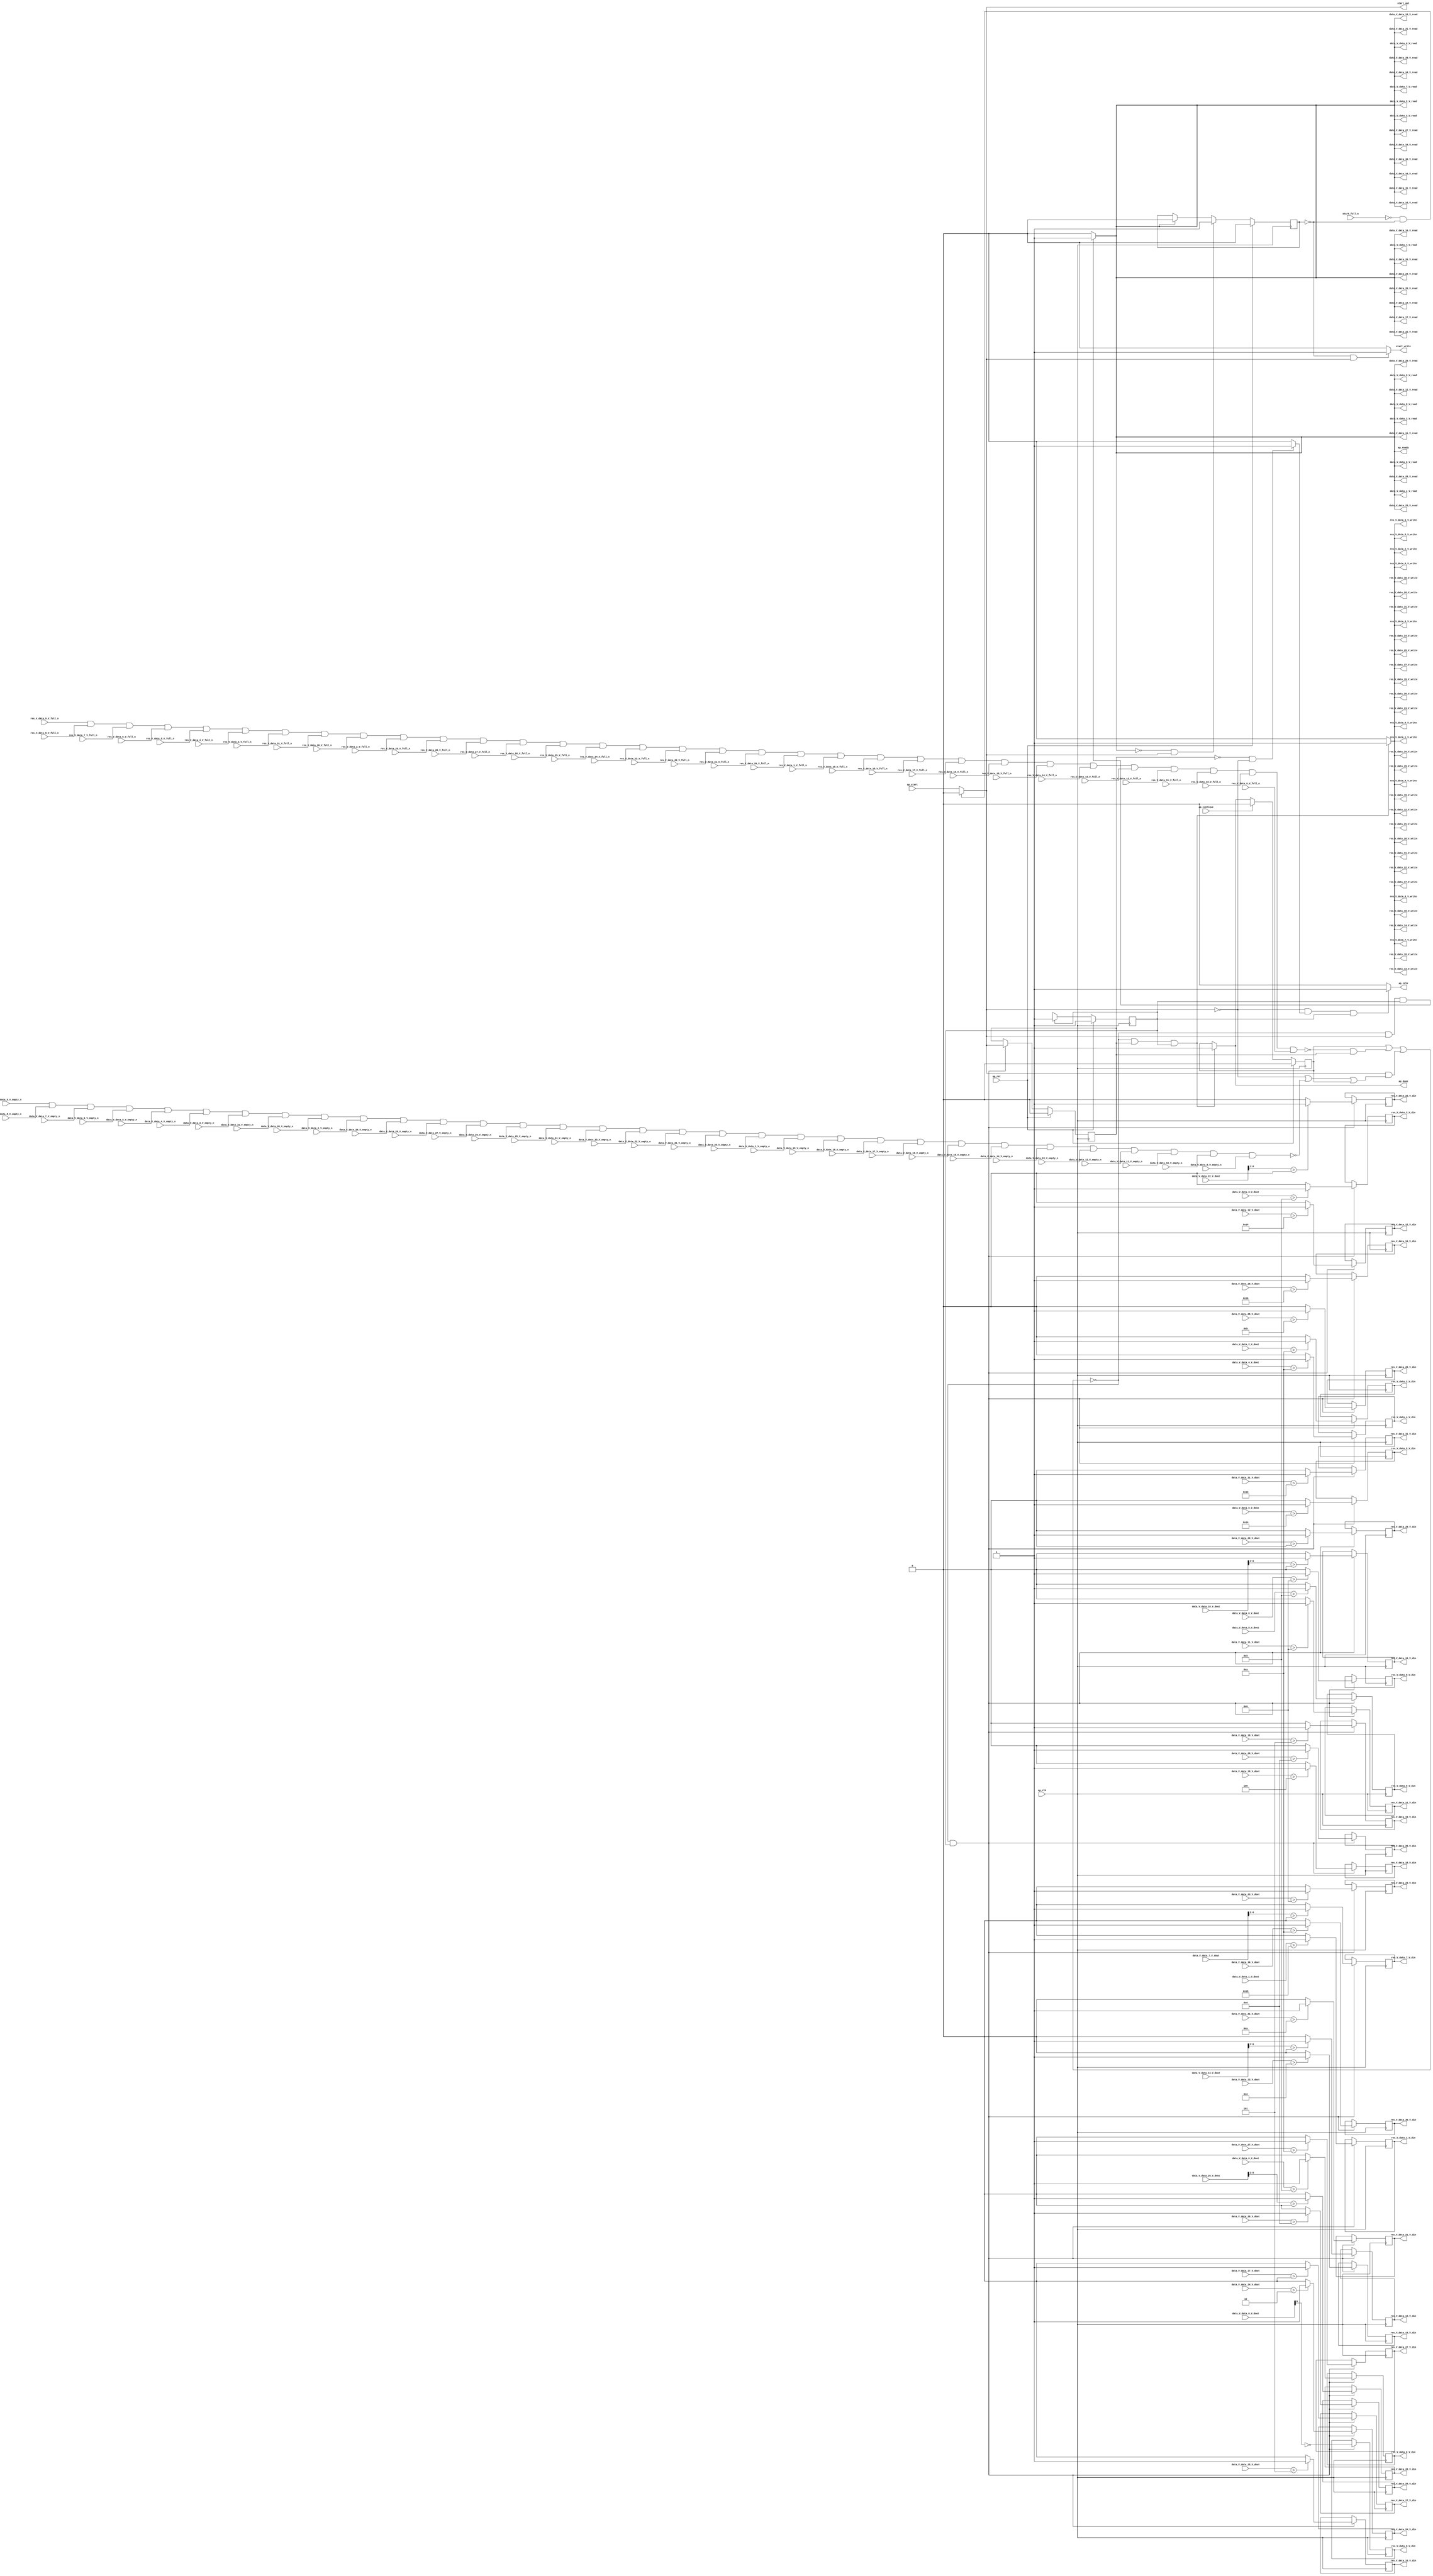
// ==============================================================
// RTL generated by Vivado(TM) HLS - High-Level Synthesis from C, C++ and SystemC
// Version: 2018.2
// Copyright (C) 1986-2018 Xilinx, Inc. All Rights Reserved.
// 
// ===========================================================

`timescale 1 ns / 1 ps 

module normalize_binary_tanh_array_ap_int_7_32u_config19_s (
        ap_clk,
        ap_rst,
        ap_start,
        start_full_n,
        ap_done,
        ap_continue,
        ap_idle,
        ap_ready,
        start_out,
        start_write,
        data_V_data_0_V_dout,
        data_V_data_0_V_empty_n,
        data_V_data_0_V_read,
        data_V_data_1_V_dout,
        data_V_data_1_V_empty_n,
        data_V_data_1_V_read,
        data_V_data_2_V_dout,
        data_V_data_2_V_empty_n,
        data_V_data_2_V_read,
        data_V_data_3_V_dout,
        data_V_data_3_V_empty_n,
        data_V_data_3_V_read,
        data_V_data_4_V_dout,
        data_V_data_4_V_empty_n,
        data_V_data_4_V_read,
        data_V_data_5_V_dout,
        data_V_data_5_V_empty_n,
        data_V_data_5_V_read,
        data_V_data_6_V_dout,
        data_V_data_6_V_empty_n,
        data_V_data_6_V_read,
        data_V_data_7_V_dout,
        data_V_data_7_V_empty_n,
        data_V_data_7_V_read,
        data_V_data_8_V_dout,
        data_V_data_8_V_empty_n,
        data_V_data_8_V_read,
        data_V_data_9_V_dout,
        data_V_data_9_V_empty_n,
        data_V_data_9_V_read,
        data_V_data_10_V_dout,
        data_V_data_10_V_empty_n,
        data_V_data_10_V_read,
        data_V_data_11_V_dout,
        data_V_data_11_V_empty_n,
        data_V_data_11_V_read,
        data_V_data_12_V_dout,
        data_V_data_12_V_empty_n,
        data_V_data_12_V_read,
        data_V_data_13_V_dout,
        data_V_data_13_V_empty_n,
        data_V_data_13_V_read,
        data_V_data_14_V_dout,
        data_V_data_14_V_empty_n,
        data_V_data_14_V_read,
        data_V_data_15_V_dout,
        data_V_data_15_V_empty_n,
        data_V_data_15_V_read,
        data_V_data_16_V_dout,
        data_V_data_16_V_empty_n,
        data_V_data_16_V_read,
        data_V_data_17_V_dout,
        data_V_data_17_V_empty_n,
        data_V_data_17_V_read,
        data_V_data_18_V_dout,
        data_V_data_18_V_empty_n,
        data_V_data_18_V_read,
        data_V_data_19_V_dout,
        data_V_data_19_V_empty_n,
        data_V_data_19_V_read,
        data_V_data_20_V_dout,
        data_V_data_20_V_empty_n,
        data_V_data_20_V_read,
        data_V_data_21_V_dout,
        data_V_data_21_V_empty_n,
        data_V_data_21_V_read,
        data_V_data_22_V_dout,
        data_V_data_22_V_empty_n,
        data_V_data_22_V_read,
        data_V_data_23_V_dout,
        data_V_data_23_V_empty_n,
        data_V_data_23_V_read,
        data_V_data_24_V_dout,
        data_V_data_24_V_empty_n,
        data_V_data_24_V_read,
        data_V_data_25_V_dout,
        data_V_data_25_V_empty_n,
        data_V_data_25_V_read,
        data_V_data_26_V_dout,
        data_V_data_26_V_empty_n,
        data_V_data_26_V_read,
        data_V_data_27_V_dout,
        data_V_data_27_V_empty_n,
        data_V_data_27_V_read,
        data_V_data_28_V_dout,
        data_V_data_28_V_empty_n,
        data_V_data_28_V_read,
        data_V_data_29_V_dout,
        data_V_data_29_V_empty_n,
        data_V_data_29_V_read,
        data_V_data_30_V_dout,
        data_V_data_30_V_empty_n,
        data_V_data_30_V_read,
        data_V_data_31_V_dout,
        data_V_data_31_V_empty_n,
        data_V_data_31_V_read,
        res_V_data_0_V_din,
        res_V_data_0_V_full_n,
        res_V_data_0_V_write,
        res_V_data_1_V_din,
        res_V_data_1_V_full_n,
        res_V_data_1_V_write,
        res_V_data_2_V_din,
        res_V_data_2_V_full_n,
        res_V_data_2_V_write,
        res_V_data_3_V_din,
        res_V_data_3_V_full_n,
        res_V_data_3_V_write,
        res_V_data_4_V_din,
        res_V_data_4_V_full_n,
        res_V_data_4_V_write,
        res_V_data_5_V_din,
        res_V_data_5_V_full_n,
        res_V_data_5_V_write,
        res_V_data_6_V_din,
        res_V_data_6_V_full_n,
        res_V_data_6_V_write,
        res_V_data_7_V_din,
        res_V_data_7_V_full_n,
        res_V_data_7_V_write,
        res_V_data_8_V_din,
        res_V_data_8_V_full_n,
        res_V_data_8_V_write,
        res_V_data_9_V_din,
        res_V_data_9_V_full_n,
        res_V_data_9_V_write,
        res_V_data_10_V_din,
        res_V_data_10_V_full_n,
        res_V_data_10_V_write,
        res_V_data_11_V_din,
        res_V_data_11_V_full_n,
        res_V_data_11_V_write,
        res_V_data_12_V_din,
        res_V_data_12_V_full_n,
        res_V_data_12_V_write,
        res_V_data_13_V_din,
        res_V_data_13_V_full_n,
        res_V_data_13_V_write,
        res_V_data_14_V_din,
        res_V_data_14_V_full_n,
        res_V_data_14_V_write,
        res_V_data_15_V_din,
        res_V_data_15_V_full_n,
        res_V_data_15_V_write,
        res_V_data_16_V_din,
        res_V_data_16_V_full_n,
        res_V_data_16_V_write,
        res_V_data_17_V_din,
        res_V_data_17_V_full_n,
        res_V_data_17_V_write,
        res_V_data_18_V_din,
        res_V_data_18_V_full_n,
        res_V_data_18_V_write,
        res_V_data_19_V_din,
        res_V_data_19_V_full_n,
        res_V_data_19_V_write,
        res_V_data_20_V_din,
        res_V_data_20_V_full_n,
        res_V_data_20_V_write,
        res_V_data_21_V_din,
        res_V_data_21_V_full_n,
        res_V_data_21_V_write,
        res_V_data_22_V_din,
        res_V_data_22_V_full_n,
        res_V_data_22_V_write,
        res_V_data_23_V_din,
        res_V_data_23_V_full_n,
        res_V_data_23_V_write,
        res_V_data_24_V_din,
        res_V_data_24_V_full_n,
        res_V_data_24_V_write,
        res_V_data_25_V_din,
        res_V_data_25_V_full_n,
        res_V_data_25_V_write,
        res_V_data_26_V_din,
        res_V_data_26_V_full_n,
        res_V_data_26_V_write,
        res_V_data_27_V_din,
        res_V_data_27_V_full_n,
        res_V_data_27_V_write,
        res_V_data_28_V_din,
        res_V_data_28_V_full_n,
        res_V_data_28_V_write,
        res_V_data_29_V_din,
        res_V_data_29_V_full_n,
        res_V_data_29_V_write,
        res_V_data_30_V_din,
        res_V_data_30_V_full_n,
        res_V_data_30_V_write,
        res_V_data_31_V_din,
        res_V_data_31_V_full_n,
        res_V_data_31_V_write
);

parameter    ap_ST_fsm_pp0_stage0 = 1'd1;

input   ap_clk;
input   ap_rst;
input   ap_start;
input   start_full_n;
output   ap_done;
input   ap_continue;
output   ap_idle;
output   ap_ready;
output   start_out;
output   start_write;
input  [6:0] data_V_data_0_V_dout;
input   data_V_data_0_V_empty_n;
output   data_V_data_0_V_read;
input  [6:0] data_V_data_1_V_dout;
input   data_V_data_1_V_empty_n;
output   data_V_data_1_V_read;
input  [6:0] data_V_data_2_V_dout;
input   data_V_data_2_V_empty_n;
output   data_V_data_2_V_read;
input  [6:0] data_V_data_3_V_dout;
input   data_V_data_3_V_empty_n;
output   data_V_data_3_V_read;
input  [6:0] data_V_data_4_V_dout;
input   data_V_data_4_V_empty_n;
output   data_V_data_4_V_read;
input  [6:0] data_V_data_5_V_dout;
input   data_V_data_5_V_empty_n;
output   data_V_data_5_V_read;
input  [6:0] data_V_data_6_V_dout;
input   data_V_data_6_V_empty_n;
output   data_V_data_6_V_read;
input  [6:0] data_V_data_7_V_dout;
input   data_V_data_7_V_empty_n;
output   data_V_data_7_V_read;
input  [6:0] data_V_data_8_V_dout;
input   data_V_data_8_V_empty_n;
output   data_V_data_8_V_read;
input  [6:0] data_V_data_9_V_dout;
input   data_V_data_9_V_empty_n;
output   data_V_data_9_V_read;
input  [6:0] data_V_data_10_V_dout;
input   data_V_data_10_V_empty_n;
output   data_V_data_10_V_read;
input  [6:0] data_V_data_11_V_dout;
input   data_V_data_11_V_empty_n;
output   data_V_data_11_V_read;
input  [6:0] data_V_data_12_V_dout;
input   data_V_data_12_V_empty_n;
output   data_V_data_12_V_read;
input  [6:0] data_V_data_13_V_dout;
input   data_V_data_13_V_empty_n;
output   data_V_data_13_V_read;
input  [6:0] data_V_data_14_V_dout;
input   data_V_data_14_V_empty_n;
output   data_V_data_14_V_read;
input  [6:0] data_V_data_15_V_dout;
input   data_V_data_15_V_empty_n;
output   data_V_data_15_V_read;
input  [6:0] data_V_data_16_V_dout;
input   data_V_data_16_V_empty_n;
output   data_V_data_16_V_read;
input  [6:0] data_V_data_17_V_dout;
input   data_V_data_17_V_empty_n;
output   data_V_data_17_V_read;
input  [6:0] data_V_data_18_V_dout;
input   data_V_data_18_V_empty_n;
output   data_V_data_18_V_read;
input  [6:0] data_V_data_19_V_dout;
input   data_V_data_19_V_empty_n;
output   data_V_data_19_V_read;
input  [6:0] data_V_data_20_V_dout;
input   data_V_data_20_V_empty_n;
output   data_V_data_20_V_read;
input  [6:0] data_V_data_21_V_dout;
input   data_V_data_21_V_empty_n;
output   data_V_data_21_V_read;
input  [6:0] data_V_data_22_V_dout;
input   data_V_data_22_V_empty_n;
output   data_V_data_22_V_read;
input  [6:0] data_V_data_23_V_dout;
input   data_V_data_23_V_empty_n;
output   data_V_data_23_V_read;
input  [6:0] data_V_data_24_V_dout;
input   data_V_data_24_V_empty_n;
output   data_V_data_24_V_read;
input  [6:0] data_V_data_25_V_dout;
input   data_V_data_25_V_empty_n;
output   data_V_data_25_V_read;
input  [6:0] data_V_data_26_V_dout;
input   data_V_data_26_V_empty_n;
output   data_V_data_26_V_read;
input  [6:0] data_V_data_27_V_dout;
input   data_V_data_27_V_empty_n;
output   data_V_data_27_V_read;
input  [6:0] data_V_data_28_V_dout;
input   data_V_data_28_V_empty_n;
output   data_V_data_28_V_read;
input  [6:0] data_V_data_29_V_dout;
input   data_V_data_29_V_empty_n;
output   data_V_data_29_V_read;
input  [6:0] data_V_data_30_V_dout;
input   data_V_data_30_V_empty_n;
output   data_V_data_30_V_read;
input  [6:0] data_V_data_31_V_dout;
input   data_V_data_31_V_empty_n;
output   data_V_data_31_V_read;
output  [0:0] res_V_data_0_V_din;
input   res_V_data_0_V_full_n;
output   res_V_data_0_V_write;
output  [0:0] res_V_data_1_V_din;
input   res_V_data_1_V_full_n;
output   res_V_data_1_V_write;
output  [0:0] res_V_data_2_V_din;
input   res_V_data_2_V_full_n;
output   res_V_data_2_V_write;
output  [0:0] res_V_data_3_V_din;
input   res_V_data_3_V_full_n;
output   res_V_data_3_V_write;
output  [0:0] res_V_data_4_V_din;
input   res_V_data_4_V_full_n;
output   res_V_data_4_V_write;
output  [0:0] res_V_data_5_V_din;
input   res_V_data_5_V_full_n;
output   res_V_data_5_V_write;
output  [0:0] res_V_data_6_V_din;
input   res_V_data_6_V_full_n;
output   res_V_data_6_V_write;
output  [0:0] res_V_data_7_V_din;
input   res_V_data_7_V_full_n;
output   res_V_data_7_V_write;
output  [0:0] res_V_data_8_V_din;
input   res_V_data_8_V_full_n;
output   res_V_data_8_V_write;
output  [0:0] res_V_data_9_V_din;
input   res_V_data_9_V_full_n;
output   res_V_data_9_V_write;
output  [0:0] res_V_data_10_V_din;
input   res_V_data_10_V_full_n;
output   res_V_data_10_V_write;
output  [0:0] res_V_data_11_V_din;
input   res_V_data_11_V_full_n;
output   res_V_data_11_V_write;
output  [0:0] res_V_data_12_V_din;
input   res_V_data_12_V_full_n;
output   res_V_data_12_V_write;
output  [0:0] res_V_data_13_V_din;
input   res_V_data_13_V_full_n;
output   res_V_data_13_V_write;
output  [0:0] res_V_data_14_V_din;
input   res_V_data_14_V_full_n;
output   res_V_data_14_V_write;
output  [0:0] res_V_data_15_V_din;
input   res_V_data_15_V_full_n;
output   res_V_data_15_V_write;
output  [0:0] res_V_data_16_V_din;
input   res_V_data_16_V_full_n;
output   res_V_data_16_V_write;
output  [0:0] res_V_data_17_V_din;
input   res_V_data_17_V_full_n;
output   res_V_data_17_V_write;
output  [0:0] res_V_data_18_V_din;
input   res_V_data_18_V_full_n;
output   res_V_data_18_V_write;
output  [0:0] res_V_data_19_V_din;
input   res_V_data_19_V_full_n;
output   res_V_data_19_V_write;
output  [0:0] res_V_data_20_V_din;
input   res_V_data_20_V_full_n;
output   res_V_data_20_V_write;
output  [0:0] res_V_data_21_V_din;
input   res_V_data_21_V_full_n;
output   res_V_data_21_V_write;
output  [0:0] res_V_data_22_V_din;
input   res_V_data_22_V_full_n;
output   res_V_data_22_V_write;
output  [0:0] res_V_data_23_V_din;
input   res_V_data_23_V_full_n;
output   res_V_data_23_V_write;
output  [0:0] res_V_data_24_V_din;
input   res_V_data_24_V_full_n;
output   res_V_data_24_V_write;
output  [0:0] res_V_data_25_V_din;
input   res_V_data_25_V_full_n;
output   res_V_data_25_V_write;
output  [0:0] res_V_data_26_V_din;
input   res_V_data_26_V_full_n;
output   res_V_data_26_V_write;
output  [0:0] res_V_data_27_V_din;
input   res_V_data_27_V_full_n;
output   res_V_data_27_V_write;
output  [0:0] res_V_data_28_V_din;
input   res_V_data_28_V_full_n;
output   res_V_data_28_V_write;
output  [0:0] res_V_data_29_V_din;
input   res_V_data_29_V_full_n;
output   res_V_data_29_V_write;
output  [0:0] res_V_data_30_V_din;
input   res_V_data_30_V_full_n;
output   res_V_data_30_V_write;
output  [0:0] res_V_data_31_V_din;
input   res_V_data_31_V_full_n;
output   res_V_data_31_V_write;

reg ap_done;
reg ap_idle;
reg start_write;

reg    real_start;
reg    start_once_reg;
reg    ap_done_reg;
(* fsm_encoding = "none" *) reg   [0:0] ap_CS_fsm;
wire    ap_CS_fsm_pp0_stage0;
wire    ap_enable_reg_pp0_iter0;
reg    ap_enable_reg_pp0_iter1;
reg    ap_idle_pp0;
reg    internal_ap_ready;
wire    data_V_data_1_V0_status;
reg    ap_block_state1_pp0_stage0_iter0;
wire    res_V_data_1_V1_status;
reg    ap_block_state2_pp0_stage0_iter1;
reg    ap_block_pp0_stage0_11001;
reg    data_V_data_0_V_blk_n;
wire    ap_block_pp0_stage0;
reg    data_V_data_1_V_blk_n;
reg    data_V_data_2_V_blk_n;
reg    data_V_data_3_V_blk_n;
reg    data_V_data_4_V_blk_n;
reg    data_V_data_5_V_blk_n;
reg    data_V_data_6_V_blk_n;
reg    data_V_data_7_V_blk_n;
reg    data_V_data_8_V_blk_n;
reg    data_V_data_9_V_blk_n;
reg    data_V_data_10_V_blk_n;
reg    data_V_data_11_V_blk_n;
reg    data_V_data_12_V_blk_n;
reg    data_V_data_13_V_blk_n;
reg    data_V_data_14_V_blk_n;
reg    data_V_data_15_V_blk_n;
reg    data_V_data_16_V_blk_n;
reg    data_V_data_17_V_blk_n;
reg    data_V_data_18_V_blk_n;
reg    data_V_data_19_V_blk_n;
reg    data_V_data_20_V_blk_n;
reg    data_V_data_21_V_blk_n;
reg    data_V_data_22_V_blk_n;
reg    data_V_data_23_V_blk_n;
reg    data_V_data_24_V_blk_n;
reg    data_V_data_25_V_blk_n;
reg    data_V_data_26_V_blk_n;
reg    data_V_data_27_V_blk_n;
reg    data_V_data_28_V_blk_n;
reg    data_V_data_29_V_blk_n;
reg    data_V_data_30_V_blk_n;
reg    data_V_data_31_V_blk_n;
reg    res_V_data_0_V_blk_n;
reg    res_V_data_1_V_blk_n;
reg    res_V_data_2_V_blk_n;
reg    res_V_data_3_V_blk_n;
reg    res_V_data_4_V_blk_n;
reg    res_V_data_5_V_blk_n;
reg    res_V_data_6_V_blk_n;
reg    res_V_data_7_V_blk_n;
reg    res_V_data_8_V_blk_n;
reg    res_V_data_9_V_blk_n;
reg    res_V_data_10_V_blk_n;
reg    res_V_data_11_V_blk_n;
reg    res_V_data_12_V_blk_n;
reg    res_V_data_13_V_blk_n;
reg    res_V_data_14_V_blk_n;
reg    res_V_data_15_V_blk_n;
reg    res_V_data_16_V_blk_n;
reg    res_V_data_17_V_blk_n;
reg    res_V_data_18_V_blk_n;
reg    res_V_data_19_V_blk_n;
reg    res_V_data_20_V_blk_n;
reg    res_V_data_21_V_blk_n;
reg    res_V_data_22_V_blk_n;
reg    res_V_data_23_V_blk_n;
reg    res_V_data_24_V_blk_n;
reg    res_V_data_25_V_blk_n;
reg    res_V_data_26_V_blk_n;
reg    res_V_data_27_V_blk_n;
reg    res_V_data_28_V_blk_n;
reg    res_V_data_29_V_blk_n;
reg    res_V_data_30_V_blk_n;
reg    res_V_data_31_V_blk_n;
wire   [0:0] tmp_data_0_V_fu_1282_p2;
reg   [0:0] tmp_data_0_V_reg_1524;
wire   [0:0] tmp_data_1_V_fu_1288_p2;
reg   [0:0] tmp_data_1_V_reg_1529;
wire   [0:0] tmp_data_2_V_fu_1294_p2;
reg   [0:0] tmp_data_2_V_reg_1534;
wire   [0:0] tmp_data_3_V_fu_1300_p2;
reg   [0:0] tmp_data_3_V_reg_1539;
wire   [0:0] tmp_data_4_V_fu_1306_p2;
reg   [0:0] tmp_data_4_V_reg_1544;
wire   [0:0] tmp_data_5_V_fu_1312_p2;
reg   [0:0] tmp_data_5_V_reg_1549;
wire   [0:0] tmp_data_6_V_fu_1318_p2;
reg   [0:0] tmp_data_6_V_reg_1554;
wire   [0:0] tmp_data_7_V_fu_1334_p2;
reg   [0:0] tmp_data_7_V_reg_1559;
wire   [0:0] tmp_data_8_V_fu_1340_p2;
reg   [0:0] tmp_data_8_V_reg_1564;
wire   [0:0] tmp_data_9_V_fu_1346_p2;
reg   [0:0] tmp_data_9_V_reg_1569;
wire   [0:0] tmp_data_10_V_fu_1362_p2;
reg   [0:0] tmp_data_10_V_reg_1574;
wire   [0:0] tmp_data_11_V_fu_1368_p2;
reg   [0:0] tmp_data_11_V_reg_1579;
wire   [0:0] tmp_data_12_V_fu_1374_p2;
reg   [0:0] tmp_data_12_V_reg_1584;
wire   [0:0] tmp_data_13_V_fu_1380_p2;
reg   [0:0] tmp_data_13_V_reg_1589;
wire   [0:0] tmp_data_14_V_fu_1396_p2;
reg   [0:0] tmp_data_14_V_reg_1594;
wire   [0:0] tmp_data_15_V_fu_1402_p2;
reg   [0:0] tmp_data_15_V_reg_1599;
wire   [0:0] tmp_data_16_V_fu_1408_p2;
reg   [0:0] tmp_data_16_V_reg_1604;
wire   [0:0] tmp_data_17_V_fu_1414_p2;
reg   [0:0] tmp_data_17_V_reg_1609;
wire   [0:0] tmp_data_18_V_fu_1420_p2;
reg   [0:0] tmp_data_18_V_reg_1614;
wire   [0:0] tmp_data_19_V_fu_1426_p2;
reg   [0:0] tmp_data_19_V_reg_1619;
wire   [0:0] tmp_data_20_V_fu_1432_p2;
reg   [0:0] tmp_data_20_V_reg_1624;
wire   [0:0] tmp_data_21_V_fu_1438_p2;
reg   [0:0] tmp_data_21_V_reg_1629;
wire   [0:0] tmp_data_22_V_fu_1454_p2;
reg   [0:0] tmp_data_22_V_reg_1634;
wire   [0:0] tmp_data_23_V_fu_1460_p2;
reg   [0:0] tmp_data_23_V_reg_1639;
wire   [0:0] tmp_data_24_V_fu_1466_p2;
reg   [0:0] tmp_data_24_V_reg_1644;
wire   [0:0] tmp_data_25_V_fu_1472_p2;
reg   [0:0] tmp_data_25_V_reg_1649;
wire   [0:0] tmp_data_26_V_fu_1478_p2;
reg   [0:0] tmp_data_26_V_reg_1654;
wire   [0:0] tmp_data_27_V_fu_1484_p2;
reg   [0:0] tmp_data_27_V_reg_1659;
wire   [0:0] tmp_data_28_V_fu_1500_p2;
reg   [0:0] tmp_data_28_V_reg_1664;
wire   [0:0] tmp_data_29_V_fu_1506_p2;
reg   [0:0] tmp_data_29_V_reg_1669;
wire   [0:0] tmp_data_30_V_fu_1512_p2;
reg   [0:0] tmp_data_30_V_reg_1674;
wire   [0:0] tmp_data_31_V_fu_1518_p2;
reg   [0:0] tmp_data_31_V_reg_1679;
reg    ap_block_pp0_stage0_subdone;
reg    data_V_data_1_V0_update;
reg    res_V_data_1_V1_update;
reg    ap_block_pp0_stage0_01001;
wire   [0:0] tmp_8_fu_1274_p3;
wire   [4:0] tmp_9_fu_1324_p4;
wire   [4:0] tmp_10_fu_1352_p4;
wire   [3:0] tmp_11_fu_1386_p4;
wire   [5:0] tmp_12_fu_1444_p4;
wire   [4:0] tmp_13_fu_1490_p4;
reg   [0:0] ap_NS_fsm;
reg    ap_idle_pp0_0to0;
reg    ap_reset_idle_pp0;
wire    ap_enable_pp0;

// power-on initialization
initial begin
#0 start_once_reg = 1'b0;
#0 ap_done_reg = 1'b0;
#0 ap_CS_fsm = 1'd1;
#0 ap_enable_reg_pp0_iter1 = 1'b0;
end

always @ (posedge ap_clk) begin
    if (ap_rst == 1'b1) begin
        ap_CS_fsm <= ap_ST_fsm_pp0_stage0;
    end else begin
        ap_CS_fsm <= ap_NS_fsm;
    end
end

always @ (posedge ap_clk) begin
    if (ap_rst == 1'b1) begin
        ap_done_reg <= 1'b0;
    end else begin
        if ((ap_continue == 1'b1)) begin
            ap_done_reg <= 1'b0;
        end else if (((1'b0 == ap_block_pp0_stage0_11001) & (ap_enable_reg_pp0_iter1 == 1'b1) & (1'b1 == ap_CS_fsm_pp0_stage0))) begin
            ap_done_reg <= 1'b1;
        end
    end
end

always @ (posedge ap_clk) begin
    if (ap_rst == 1'b1) begin
        ap_enable_reg_pp0_iter1 <= 1'b0;
    end else begin
        if (((1'b0 == ap_block_pp0_stage0_subdone) & (1'b1 == ap_CS_fsm_pp0_stage0))) begin
            ap_enable_reg_pp0_iter1 <= real_start;
        end
    end
end

always @ (posedge ap_clk) begin
    if (ap_rst == 1'b1) begin
        start_once_reg <= 1'b0;
    end else begin
        if (((internal_ap_ready == 1'b0) & (real_start == 1'b1))) begin
            start_once_reg <= 1'b1;
        end else if ((internal_ap_ready == 1'b1)) begin
            start_once_reg <= 1'b0;
        end
    end
end

always @ (posedge ap_clk) begin
    if (((1'b0 == ap_block_pp0_stage0_11001) & (1'b1 == ap_CS_fsm_pp0_stage0))) begin
        tmp_data_0_V_reg_1524 <= tmp_data_0_V_fu_1282_p2;
        tmp_data_10_V_reg_1574 <= tmp_data_10_V_fu_1362_p2;
        tmp_data_11_V_reg_1579 <= tmp_data_11_V_fu_1368_p2;
        tmp_data_12_V_reg_1584 <= tmp_data_12_V_fu_1374_p2;
        tmp_data_13_V_reg_1589 <= tmp_data_13_V_fu_1380_p2;
        tmp_data_14_V_reg_1594 <= tmp_data_14_V_fu_1396_p2;
        tmp_data_15_V_reg_1599 <= tmp_data_15_V_fu_1402_p2;
        tmp_data_16_V_reg_1604 <= tmp_data_16_V_fu_1408_p2;
        tmp_data_17_V_reg_1609 <= tmp_data_17_V_fu_1414_p2;
        tmp_data_18_V_reg_1614 <= tmp_data_18_V_fu_1420_p2;
        tmp_data_19_V_reg_1619 <= tmp_data_19_V_fu_1426_p2;
        tmp_data_1_V_reg_1529 <= tmp_data_1_V_fu_1288_p2;
        tmp_data_20_V_reg_1624 <= tmp_data_20_V_fu_1432_p2;
        tmp_data_21_V_reg_1629 <= tmp_data_21_V_fu_1438_p2;
        tmp_data_22_V_reg_1634 <= tmp_data_22_V_fu_1454_p2;
        tmp_data_23_V_reg_1639 <= tmp_data_23_V_fu_1460_p2;
        tmp_data_24_V_reg_1644 <= tmp_data_24_V_fu_1466_p2;
        tmp_data_25_V_reg_1649 <= tmp_data_25_V_fu_1472_p2;
        tmp_data_26_V_reg_1654 <= tmp_data_26_V_fu_1478_p2;
        tmp_data_27_V_reg_1659 <= tmp_data_27_V_fu_1484_p2;
        tmp_data_28_V_reg_1664 <= tmp_data_28_V_fu_1500_p2;
        tmp_data_29_V_reg_1669 <= tmp_data_29_V_fu_1506_p2;
        tmp_data_2_V_reg_1534 <= tmp_data_2_V_fu_1294_p2;
        tmp_data_30_V_reg_1674 <= tmp_data_30_V_fu_1512_p2;
        tmp_data_31_V_reg_1679 <= tmp_data_31_V_fu_1518_p2;
        tmp_data_3_V_reg_1539 <= tmp_data_3_V_fu_1300_p2;
        tmp_data_4_V_reg_1544 <= tmp_data_4_V_fu_1306_p2;
        tmp_data_5_V_reg_1549 <= tmp_data_5_V_fu_1312_p2;
        tmp_data_6_V_reg_1554 <= tmp_data_6_V_fu_1318_p2;
        tmp_data_7_V_reg_1559 <= tmp_data_7_V_fu_1334_p2;
        tmp_data_8_V_reg_1564 <= tmp_data_8_V_fu_1340_p2;
        tmp_data_9_V_reg_1569 <= tmp_data_9_V_fu_1346_p2;
    end
end

always @ (*) begin
    if (((1'b0 == ap_block_pp0_stage0_11001) & (ap_enable_reg_pp0_iter1 == 1'b1) & (1'b1 == ap_CS_fsm_pp0_stage0))) begin
        ap_done = 1'b1;
    end else begin
        ap_done = ap_done_reg;
    end
end

always @ (*) begin
    if (((real_start == 1'b0) & (ap_idle_pp0 == 1'b1) & (1'b1 == ap_CS_fsm_pp0_stage0))) begin
        ap_idle = 1'b1;
    end else begin
        ap_idle = 1'b0;
    end
end

always @ (*) begin
    if (((ap_enable_reg_pp0_iter1 == 1'b0) & (ap_enable_reg_pp0_iter0 == 1'b0))) begin
        ap_idle_pp0 = 1'b1;
    end else begin
        ap_idle_pp0 = 1'b0;
    end
end

always @ (*) begin
    if ((ap_enable_reg_pp0_iter0 == 1'b0)) begin
        ap_idle_pp0_0to0 = 1'b1;
    end else begin
        ap_idle_pp0_0to0 = 1'b0;
    end
end

always @ (*) begin
    if (((real_start == 1'b0) & (ap_idle_pp0_0to0 == 1'b1))) begin
        ap_reset_idle_pp0 = 1'b1;
    end else begin
        ap_reset_idle_pp0 = 1'b0;
    end
end

always @ (*) begin
    if ((~((real_start == 1'b0) | (ap_done_reg == 1'b1)) & (1'b0 == ap_block_pp0_stage0) & (real_start == 1'b1) & (1'b1 == ap_CS_fsm_pp0_stage0))) begin
        data_V_data_0_V_blk_n = data_V_data_0_V_empty_n;
    end else begin
        data_V_data_0_V_blk_n = 1'b1;
    end
end

always @ (*) begin
    if ((~((real_start == 1'b0) | (ap_done_reg == 1'b1)) & (1'b0 == ap_block_pp0_stage0) & (real_start == 1'b1) & (1'b1 == ap_CS_fsm_pp0_stage0))) begin
        data_V_data_10_V_blk_n = data_V_data_10_V_empty_n;
    end else begin
        data_V_data_10_V_blk_n = 1'b1;
    end
end

always @ (*) begin
    if ((~((real_start == 1'b0) | (ap_done_reg == 1'b1)) & (1'b0 == ap_block_pp0_stage0) & (real_start == 1'b1) & (1'b1 == ap_CS_fsm_pp0_stage0))) begin
        data_V_data_11_V_blk_n = data_V_data_11_V_empty_n;
    end else begin
        data_V_data_11_V_blk_n = 1'b1;
    end
end

always @ (*) begin
    if ((~((real_start == 1'b0) | (ap_done_reg == 1'b1)) & (1'b0 == ap_block_pp0_stage0) & (real_start == 1'b1) & (1'b1 == ap_CS_fsm_pp0_stage0))) begin
        data_V_data_12_V_blk_n = data_V_data_12_V_empty_n;
    end else begin
        data_V_data_12_V_blk_n = 1'b1;
    end
end

always @ (*) begin
    if ((~((real_start == 1'b0) | (ap_done_reg == 1'b1)) & (1'b0 == ap_block_pp0_stage0) & (real_start == 1'b1) & (1'b1 == ap_CS_fsm_pp0_stage0))) begin
        data_V_data_13_V_blk_n = data_V_data_13_V_empty_n;
    end else begin
        data_V_data_13_V_blk_n = 1'b1;
    end
end

always @ (*) begin
    if ((~((real_start == 1'b0) | (ap_done_reg == 1'b1)) & (1'b0 == ap_block_pp0_stage0) & (real_start == 1'b1) & (1'b1 == ap_CS_fsm_pp0_stage0))) begin
        data_V_data_14_V_blk_n = data_V_data_14_V_empty_n;
    end else begin
        data_V_data_14_V_blk_n = 1'b1;
    end
end

always @ (*) begin
    if ((~((real_start == 1'b0) | (ap_done_reg == 1'b1)) & (1'b0 == ap_block_pp0_stage0) & (real_start == 1'b1) & (1'b1 == ap_CS_fsm_pp0_stage0))) begin
        data_V_data_15_V_blk_n = data_V_data_15_V_empty_n;
    end else begin
        data_V_data_15_V_blk_n = 1'b1;
    end
end

always @ (*) begin
    if ((~((real_start == 1'b0) | (ap_done_reg == 1'b1)) & (1'b0 == ap_block_pp0_stage0) & (real_start == 1'b1) & (1'b1 == ap_CS_fsm_pp0_stage0))) begin
        data_V_data_16_V_blk_n = data_V_data_16_V_empty_n;
    end else begin
        data_V_data_16_V_blk_n = 1'b1;
    end
end

always @ (*) begin
    if ((~((real_start == 1'b0) | (ap_done_reg == 1'b1)) & (1'b0 == ap_block_pp0_stage0) & (real_start == 1'b1) & (1'b1 == ap_CS_fsm_pp0_stage0))) begin
        data_V_data_17_V_blk_n = data_V_data_17_V_empty_n;
    end else begin
        data_V_data_17_V_blk_n = 1'b1;
    end
end

always @ (*) begin
    if ((~((real_start == 1'b0) | (ap_done_reg == 1'b1)) & (1'b0 == ap_block_pp0_stage0) & (real_start == 1'b1) & (1'b1 == ap_CS_fsm_pp0_stage0))) begin
        data_V_data_18_V_blk_n = data_V_data_18_V_empty_n;
    end else begin
        data_V_data_18_V_blk_n = 1'b1;
    end
end

always @ (*) begin
    if ((~((real_start == 1'b0) | (ap_done_reg == 1'b1)) & (1'b0 == ap_block_pp0_stage0) & (real_start == 1'b1) & (1'b1 == ap_CS_fsm_pp0_stage0))) begin
        data_V_data_19_V_blk_n = data_V_data_19_V_empty_n;
    end else begin
        data_V_data_19_V_blk_n = 1'b1;
    end
end

always @ (*) begin
    if (((1'b0 == ap_block_pp0_stage0_11001) & (real_start == 1'b1) & (1'b1 == ap_CS_fsm_pp0_stage0))) begin
        data_V_data_1_V0_update = 1'b1;
    end else begin
        data_V_data_1_V0_update = 1'b0;
    end
end

always @ (*) begin
    if ((~((real_start == 1'b0) | (ap_done_reg == 1'b1)) & (1'b0 == ap_block_pp0_stage0) & (real_start == 1'b1) & (1'b1 == ap_CS_fsm_pp0_stage0))) begin
        data_V_data_1_V_blk_n = data_V_data_1_V_empty_n;
    end else begin
        data_V_data_1_V_blk_n = 1'b1;
    end
end

always @ (*) begin
    if ((~((real_start == 1'b0) | (ap_done_reg == 1'b1)) & (1'b0 == ap_block_pp0_stage0) & (real_start == 1'b1) & (1'b1 == ap_CS_fsm_pp0_stage0))) begin
        data_V_data_20_V_blk_n = data_V_data_20_V_empty_n;
    end else begin
        data_V_data_20_V_blk_n = 1'b1;
    end
end

always @ (*) begin
    if ((~((real_start == 1'b0) | (ap_done_reg == 1'b1)) & (1'b0 == ap_block_pp0_stage0) & (real_start == 1'b1) & (1'b1 == ap_CS_fsm_pp0_stage0))) begin
        data_V_data_21_V_blk_n = data_V_data_21_V_empty_n;
    end else begin
        data_V_data_21_V_blk_n = 1'b1;
    end
end

always @ (*) begin
    if ((~((real_start == 1'b0) | (ap_done_reg == 1'b1)) & (1'b0 == ap_block_pp0_stage0) & (real_start == 1'b1) & (1'b1 == ap_CS_fsm_pp0_stage0))) begin
        data_V_data_22_V_blk_n = data_V_data_22_V_empty_n;
    end else begin
        data_V_data_22_V_blk_n = 1'b1;
    end
end

always @ (*) begin
    if ((~((real_start == 1'b0) | (ap_done_reg == 1'b1)) & (1'b0 == ap_block_pp0_stage0) & (real_start == 1'b1) & (1'b1 == ap_CS_fsm_pp0_stage0))) begin
        data_V_data_23_V_blk_n = data_V_data_23_V_empty_n;
    end else begin
        data_V_data_23_V_blk_n = 1'b1;
    end
end

always @ (*) begin
    if ((~((real_start == 1'b0) | (ap_done_reg == 1'b1)) & (1'b0 == ap_block_pp0_stage0) & (real_start == 1'b1) & (1'b1 == ap_CS_fsm_pp0_stage0))) begin
        data_V_data_24_V_blk_n = data_V_data_24_V_empty_n;
    end else begin
        data_V_data_24_V_blk_n = 1'b1;
    end
end

always @ (*) begin
    if ((~((real_start == 1'b0) | (ap_done_reg == 1'b1)) & (1'b0 == ap_block_pp0_stage0) & (real_start == 1'b1) & (1'b1 == ap_CS_fsm_pp0_stage0))) begin
        data_V_data_25_V_blk_n = data_V_data_25_V_empty_n;
    end else begin
        data_V_data_25_V_blk_n = 1'b1;
    end
end

always @ (*) begin
    if ((~((real_start == 1'b0) | (ap_done_reg == 1'b1)) & (1'b0 == ap_block_pp0_stage0) & (real_start == 1'b1) & (1'b1 == ap_CS_fsm_pp0_stage0))) begin
        data_V_data_26_V_blk_n = data_V_data_26_V_empty_n;
    end else begin
        data_V_data_26_V_blk_n = 1'b1;
    end
end

always @ (*) begin
    if ((~((real_start == 1'b0) | (ap_done_reg == 1'b1)) & (1'b0 == ap_block_pp0_stage0) & (real_start == 1'b1) & (1'b1 == ap_CS_fsm_pp0_stage0))) begin
        data_V_data_27_V_blk_n = data_V_data_27_V_empty_n;
    end else begin
        data_V_data_27_V_blk_n = 1'b1;
    end
end

always @ (*) begin
    if ((~((real_start == 1'b0) | (ap_done_reg == 1'b1)) & (1'b0 == ap_block_pp0_stage0) & (real_start == 1'b1) & (1'b1 == ap_CS_fsm_pp0_stage0))) begin
        data_V_data_28_V_blk_n = data_V_data_28_V_empty_n;
    end else begin
        data_V_data_28_V_blk_n = 1'b1;
    end
end

always @ (*) begin
    if ((~((real_start == 1'b0) | (ap_done_reg == 1'b1)) & (1'b0 == ap_block_pp0_stage0) & (real_start == 1'b1) & (1'b1 == ap_CS_fsm_pp0_stage0))) begin
        data_V_data_29_V_blk_n = data_V_data_29_V_empty_n;
    end else begin
        data_V_data_29_V_blk_n = 1'b1;
    end
end

always @ (*) begin
    if ((~((real_start == 1'b0) | (ap_done_reg == 1'b1)) & (1'b0 == ap_block_pp0_stage0) & (real_start == 1'b1) & (1'b1 == ap_CS_fsm_pp0_stage0))) begin
        data_V_data_2_V_blk_n = data_V_data_2_V_empty_n;
    end else begin
        data_V_data_2_V_blk_n = 1'b1;
    end
end

always @ (*) begin
    if ((~((real_start == 1'b0) | (ap_done_reg == 1'b1)) & (1'b0 == ap_block_pp0_stage0) & (real_start == 1'b1) & (1'b1 == ap_CS_fsm_pp0_stage0))) begin
        data_V_data_30_V_blk_n = data_V_data_30_V_empty_n;
    end else begin
        data_V_data_30_V_blk_n = 1'b1;
    end
end

always @ (*) begin
    if ((~((real_start == 1'b0) | (ap_done_reg == 1'b1)) & (1'b0 == ap_block_pp0_stage0) & (real_start == 1'b1) & (1'b1 == ap_CS_fsm_pp0_stage0))) begin
        data_V_data_31_V_blk_n = data_V_data_31_V_empty_n;
    end else begin
        data_V_data_31_V_blk_n = 1'b1;
    end
end

always @ (*) begin
    if ((~((real_start == 1'b0) | (ap_done_reg == 1'b1)) & (1'b0 == ap_block_pp0_stage0) & (real_start == 1'b1) & (1'b1 == ap_CS_fsm_pp0_stage0))) begin
        data_V_data_3_V_blk_n = data_V_data_3_V_empty_n;
    end else begin
        data_V_data_3_V_blk_n = 1'b1;
    end
end

always @ (*) begin
    if ((~((real_start == 1'b0) | (ap_done_reg == 1'b1)) & (1'b0 == ap_block_pp0_stage0) & (real_start == 1'b1) & (1'b1 == ap_CS_fsm_pp0_stage0))) begin
        data_V_data_4_V_blk_n = data_V_data_4_V_empty_n;
    end else begin
        data_V_data_4_V_blk_n = 1'b1;
    end
end

always @ (*) begin
    if ((~((real_start == 1'b0) | (ap_done_reg == 1'b1)) & (1'b0 == ap_block_pp0_stage0) & (real_start == 1'b1) & (1'b1 == ap_CS_fsm_pp0_stage0))) begin
        data_V_data_5_V_blk_n = data_V_data_5_V_empty_n;
    end else begin
        data_V_data_5_V_blk_n = 1'b1;
    end
end

always @ (*) begin
    if ((~((real_start == 1'b0) | (ap_done_reg == 1'b1)) & (1'b0 == ap_block_pp0_stage0) & (real_start == 1'b1) & (1'b1 == ap_CS_fsm_pp0_stage0))) begin
        data_V_data_6_V_blk_n = data_V_data_6_V_empty_n;
    end else begin
        data_V_data_6_V_blk_n = 1'b1;
    end
end

always @ (*) begin
    if ((~((real_start == 1'b0) | (ap_done_reg == 1'b1)) & (1'b0 == ap_block_pp0_stage0) & (real_start == 1'b1) & (1'b1 == ap_CS_fsm_pp0_stage0))) begin
        data_V_data_7_V_blk_n = data_V_data_7_V_empty_n;
    end else begin
        data_V_data_7_V_blk_n = 1'b1;
    end
end

always @ (*) begin
    if ((~((real_start == 1'b0) | (ap_done_reg == 1'b1)) & (1'b0 == ap_block_pp0_stage0) & (real_start == 1'b1) & (1'b1 == ap_CS_fsm_pp0_stage0))) begin
        data_V_data_8_V_blk_n = data_V_data_8_V_empty_n;
    end else begin
        data_V_data_8_V_blk_n = 1'b1;
    end
end

always @ (*) begin
    if ((~((real_start == 1'b0) | (ap_done_reg == 1'b1)) & (1'b0 == ap_block_pp0_stage0) & (real_start == 1'b1) & (1'b1 == ap_CS_fsm_pp0_stage0))) begin
        data_V_data_9_V_blk_n = data_V_data_9_V_empty_n;
    end else begin
        data_V_data_9_V_blk_n = 1'b1;
    end
end

always @ (*) begin
    if (((1'b0 == ap_block_pp0_stage0_11001) & (real_start == 1'b1) & (1'b1 == ap_CS_fsm_pp0_stage0))) begin
        internal_ap_ready = 1'b1;
    end else begin
        internal_ap_ready = 1'b0;
    end
end

always @ (*) begin
    if (((start_full_n == 1'b0) & (start_once_reg == 1'b0))) begin
        real_start = 1'b0;
    end else begin
        real_start = ap_start;
    end
end

always @ (*) begin
    if (((1'b0 == ap_block_pp0_stage0) & (ap_enable_reg_pp0_iter1 == 1'b1) & (1'b1 == ap_CS_fsm_pp0_stage0))) begin
        res_V_data_0_V_blk_n = res_V_data_0_V_full_n;
    end else begin
        res_V_data_0_V_blk_n = 1'b1;
    end
end

always @ (*) begin
    if (((1'b0 == ap_block_pp0_stage0) & (ap_enable_reg_pp0_iter1 == 1'b1) & (1'b1 == ap_CS_fsm_pp0_stage0))) begin
        res_V_data_10_V_blk_n = res_V_data_10_V_full_n;
    end else begin
        res_V_data_10_V_blk_n = 1'b1;
    end
end

always @ (*) begin
    if (((1'b0 == ap_block_pp0_stage0) & (ap_enable_reg_pp0_iter1 == 1'b1) & (1'b1 == ap_CS_fsm_pp0_stage0))) begin
        res_V_data_11_V_blk_n = res_V_data_11_V_full_n;
    end else begin
        res_V_data_11_V_blk_n = 1'b1;
    end
end

always @ (*) begin
    if (((1'b0 == ap_block_pp0_stage0) & (ap_enable_reg_pp0_iter1 == 1'b1) & (1'b1 == ap_CS_fsm_pp0_stage0))) begin
        res_V_data_12_V_blk_n = res_V_data_12_V_full_n;
    end else begin
        res_V_data_12_V_blk_n = 1'b1;
    end
end

always @ (*) begin
    if (((1'b0 == ap_block_pp0_stage0) & (ap_enable_reg_pp0_iter1 == 1'b1) & (1'b1 == ap_CS_fsm_pp0_stage0))) begin
        res_V_data_13_V_blk_n = res_V_data_13_V_full_n;
    end else begin
        res_V_data_13_V_blk_n = 1'b1;
    end
end

always @ (*) begin
    if (((1'b0 == ap_block_pp0_stage0) & (ap_enable_reg_pp0_iter1 == 1'b1) & (1'b1 == ap_CS_fsm_pp0_stage0))) begin
        res_V_data_14_V_blk_n = res_V_data_14_V_full_n;
    end else begin
        res_V_data_14_V_blk_n = 1'b1;
    end
end

always @ (*) begin
    if (((1'b0 == ap_block_pp0_stage0) & (ap_enable_reg_pp0_iter1 == 1'b1) & (1'b1 == ap_CS_fsm_pp0_stage0))) begin
        res_V_data_15_V_blk_n = res_V_data_15_V_full_n;
    end else begin
        res_V_data_15_V_blk_n = 1'b1;
    end
end

always @ (*) begin
    if (((1'b0 == ap_block_pp0_stage0) & (ap_enable_reg_pp0_iter1 == 1'b1) & (1'b1 == ap_CS_fsm_pp0_stage0))) begin
        res_V_data_16_V_blk_n = res_V_data_16_V_full_n;
    end else begin
        res_V_data_16_V_blk_n = 1'b1;
    end
end

always @ (*) begin
    if (((1'b0 == ap_block_pp0_stage0) & (ap_enable_reg_pp0_iter1 == 1'b1) & (1'b1 == ap_CS_fsm_pp0_stage0))) begin
        res_V_data_17_V_blk_n = res_V_data_17_V_full_n;
    end else begin
        res_V_data_17_V_blk_n = 1'b1;
    end
end

always @ (*) begin
    if (((1'b0 == ap_block_pp0_stage0) & (ap_enable_reg_pp0_iter1 == 1'b1) & (1'b1 == ap_CS_fsm_pp0_stage0))) begin
        res_V_data_18_V_blk_n = res_V_data_18_V_full_n;
    end else begin
        res_V_data_18_V_blk_n = 1'b1;
    end
end

always @ (*) begin
    if (((1'b0 == ap_block_pp0_stage0) & (ap_enable_reg_pp0_iter1 == 1'b1) & (1'b1 == ap_CS_fsm_pp0_stage0))) begin
        res_V_data_19_V_blk_n = res_V_data_19_V_full_n;
    end else begin
        res_V_data_19_V_blk_n = 1'b1;
    end
end

always @ (*) begin
    if (((1'b0 == ap_block_pp0_stage0_11001) & (ap_enable_reg_pp0_iter1 == 1'b1) & (1'b1 == ap_CS_fsm_pp0_stage0))) begin
        res_V_data_1_V1_update = 1'b1;
    end else begin
        res_V_data_1_V1_update = 1'b0;
    end
end

always @ (*) begin
    if (((1'b0 == ap_block_pp0_stage0) & (ap_enable_reg_pp0_iter1 == 1'b1) & (1'b1 == ap_CS_fsm_pp0_stage0))) begin
        res_V_data_1_V_blk_n = res_V_data_1_V_full_n;
    end else begin
        res_V_data_1_V_blk_n = 1'b1;
    end
end

always @ (*) begin
    if (((1'b0 == ap_block_pp0_stage0) & (ap_enable_reg_pp0_iter1 == 1'b1) & (1'b1 == ap_CS_fsm_pp0_stage0))) begin
        res_V_data_20_V_blk_n = res_V_data_20_V_full_n;
    end else begin
        res_V_data_20_V_blk_n = 1'b1;
    end
end

always @ (*) begin
    if (((1'b0 == ap_block_pp0_stage0) & (ap_enable_reg_pp0_iter1 == 1'b1) & (1'b1 == ap_CS_fsm_pp0_stage0))) begin
        res_V_data_21_V_blk_n = res_V_data_21_V_full_n;
    end else begin
        res_V_data_21_V_blk_n = 1'b1;
    end
end

always @ (*) begin
    if (((1'b0 == ap_block_pp0_stage0) & (ap_enable_reg_pp0_iter1 == 1'b1) & (1'b1 == ap_CS_fsm_pp0_stage0))) begin
        res_V_data_22_V_blk_n = res_V_data_22_V_full_n;
    end else begin
        res_V_data_22_V_blk_n = 1'b1;
    end
end

always @ (*) begin
    if (((1'b0 == ap_block_pp0_stage0) & (ap_enable_reg_pp0_iter1 == 1'b1) & (1'b1 == ap_CS_fsm_pp0_stage0))) begin
        res_V_data_23_V_blk_n = res_V_data_23_V_full_n;
    end else begin
        res_V_data_23_V_blk_n = 1'b1;
    end
end

always @ (*) begin
    if (((1'b0 == ap_block_pp0_stage0) & (ap_enable_reg_pp0_iter1 == 1'b1) & (1'b1 == ap_CS_fsm_pp0_stage0))) begin
        res_V_data_24_V_blk_n = res_V_data_24_V_full_n;
    end else begin
        res_V_data_24_V_blk_n = 1'b1;
    end
end

always @ (*) begin
    if (((1'b0 == ap_block_pp0_stage0) & (ap_enable_reg_pp0_iter1 == 1'b1) & (1'b1 == ap_CS_fsm_pp0_stage0))) begin
        res_V_data_25_V_blk_n = res_V_data_25_V_full_n;
    end else begin
        res_V_data_25_V_blk_n = 1'b1;
    end
end

always @ (*) begin
    if (((1'b0 == ap_block_pp0_stage0) & (ap_enable_reg_pp0_iter1 == 1'b1) & (1'b1 == ap_CS_fsm_pp0_stage0))) begin
        res_V_data_26_V_blk_n = res_V_data_26_V_full_n;
    end else begin
        res_V_data_26_V_blk_n = 1'b1;
    end
end

always @ (*) begin
    if (((1'b0 == ap_block_pp0_stage0) & (ap_enable_reg_pp0_iter1 == 1'b1) & (1'b1 == ap_CS_fsm_pp0_stage0))) begin
        res_V_data_27_V_blk_n = res_V_data_27_V_full_n;
    end else begin
        res_V_data_27_V_blk_n = 1'b1;
    end
end

always @ (*) begin
    if (((1'b0 == ap_block_pp0_stage0) & (ap_enable_reg_pp0_iter1 == 1'b1) & (1'b1 == ap_CS_fsm_pp0_stage0))) begin
        res_V_data_28_V_blk_n = res_V_data_28_V_full_n;
    end else begin
        res_V_data_28_V_blk_n = 1'b1;
    end
end

always @ (*) begin
    if (((1'b0 == ap_block_pp0_stage0) & (ap_enable_reg_pp0_iter1 == 1'b1) & (1'b1 == ap_CS_fsm_pp0_stage0))) begin
        res_V_data_29_V_blk_n = res_V_data_29_V_full_n;
    end else begin
        res_V_data_29_V_blk_n = 1'b1;
    end
end

always @ (*) begin
    if (((1'b0 == ap_block_pp0_stage0) & (ap_enable_reg_pp0_iter1 == 1'b1) & (1'b1 == ap_CS_fsm_pp0_stage0))) begin
        res_V_data_2_V_blk_n = res_V_data_2_V_full_n;
    end else begin
        res_V_data_2_V_blk_n = 1'b1;
    end
end

always @ (*) begin
    if (((1'b0 == ap_block_pp0_stage0) & (ap_enable_reg_pp0_iter1 == 1'b1) & (1'b1 == ap_CS_fsm_pp0_stage0))) begin
        res_V_data_30_V_blk_n = res_V_data_30_V_full_n;
    end else begin
        res_V_data_30_V_blk_n = 1'b1;
    end
end

always @ (*) begin
    if (((1'b0 == ap_block_pp0_stage0) & (ap_enable_reg_pp0_iter1 == 1'b1) & (1'b1 == ap_CS_fsm_pp0_stage0))) begin
        res_V_data_31_V_blk_n = res_V_data_31_V_full_n;
    end else begin
        res_V_data_31_V_blk_n = 1'b1;
    end
end

always @ (*) begin
    if (((1'b0 == ap_block_pp0_stage0) & (ap_enable_reg_pp0_iter1 == 1'b1) & (1'b1 == ap_CS_fsm_pp0_stage0))) begin
        res_V_data_3_V_blk_n = res_V_data_3_V_full_n;
    end else begin
        res_V_data_3_V_blk_n = 1'b1;
    end
end

always @ (*) begin
    if (((1'b0 == ap_block_pp0_stage0) & (ap_enable_reg_pp0_iter1 == 1'b1) & (1'b1 == ap_CS_fsm_pp0_stage0))) begin
        res_V_data_4_V_blk_n = res_V_data_4_V_full_n;
    end else begin
        res_V_data_4_V_blk_n = 1'b1;
    end
end

always @ (*) begin
    if (((1'b0 == ap_block_pp0_stage0) & (ap_enable_reg_pp0_iter1 == 1'b1) & (1'b1 == ap_CS_fsm_pp0_stage0))) begin
        res_V_data_5_V_blk_n = res_V_data_5_V_full_n;
    end else begin
        res_V_data_5_V_blk_n = 1'b1;
    end
end

always @ (*) begin
    if (((1'b0 == ap_block_pp0_stage0) & (ap_enable_reg_pp0_iter1 == 1'b1) & (1'b1 == ap_CS_fsm_pp0_stage0))) begin
        res_V_data_6_V_blk_n = res_V_data_6_V_full_n;
    end else begin
        res_V_data_6_V_blk_n = 1'b1;
    end
end

always @ (*) begin
    if (((1'b0 == ap_block_pp0_stage0) & (ap_enable_reg_pp0_iter1 == 1'b1) & (1'b1 == ap_CS_fsm_pp0_stage0))) begin
        res_V_data_7_V_blk_n = res_V_data_7_V_full_n;
    end else begin
        res_V_data_7_V_blk_n = 1'b1;
    end
end

always @ (*) begin
    if (((1'b0 == ap_block_pp0_stage0) & (ap_enable_reg_pp0_iter1 == 1'b1) & (1'b1 == ap_CS_fsm_pp0_stage0))) begin
        res_V_data_8_V_blk_n = res_V_data_8_V_full_n;
    end else begin
        res_V_data_8_V_blk_n = 1'b1;
    end
end

always @ (*) begin
    if (((1'b0 == ap_block_pp0_stage0) & (ap_enable_reg_pp0_iter1 == 1'b1) & (1'b1 == ap_CS_fsm_pp0_stage0))) begin
        res_V_data_9_V_blk_n = res_V_data_9_V_full_n;
    end else begin
        res_V_data_9_V_blk_n = 1'b1;
    end
end

always @ (*) begin
    if (((start_once_reg == 1'b0) & (real_start == 1'b1))) begin
        start_write = 1'b1;
    end else begin
        start_write = 1'b0;
    end
end

always @ (*) begin
    case (ap_CS_fsm)
        ap_ST_fsm_pp0_stage0 : begin
            ap_NS_fsm = ap_ST_fsm_pp0_stage0;
        end
        default : begin
            ap_NS_fsm = 'bx;
        end
    endcase
end

assign ap_CS_fsm_pp0_stage0 = ap_CS_fsm[32'd0];

assign ap_block_pp0_stage0 = ~(1'b1 == 1'b1);

always @ (*) begin
    ap_block_pp0_stage0_01001 = ((ap_done_reg == 1'b1) | ((res_V_data_1_V1_status == 1'b0) & (ap_enable_reg_pp0_iter1 == 1'b1)) | ((real_start == 1'b1) & ((real_start == 1'b0) | (data_V_data_1_V0_status == 1'b0) | (ap_done_reg == 1'b1))));
end

always @ (*) begin
    ap_block_pp0_stage0_11001 = ((ap_done_reg == 1'b1) | ((res_V_data_1_V1_status == 1'b0) & (ap_enable_reg_pp0_iter1 == 1'b1)) | ((real_start == 1'b1) & ((real_start == 1'b0) | (data_V_data_1_V0_status == 1'b0) | (ap_done_reg == 1'b1))));
end

always @ (*) begin
    ap_block_pp0_stage0_subdone = ((ap_done_reg == 1'b1) | ((res_V_data_1_V1_status == 1'b0) & (ap_enable_reg_pp0_iter1 == 1'b1)) | ((real_start == 1'b1) & ((real_start == 1'b0) | (data_V_data_1_V0_status == 1'b0) | (ap_done_reg == 1'b1))));
end

always @ (*) begin
    ap_block_state1_pp0_stage0_iter0 = ((real_start == 1'b0) | (data_V_data_1_V0_status == 1'b0) | (ap_done_reg == 1'b1));
end

always @ (*) begin
    ap_block_state2_pp0_stage0_iter1 = (res_V_data_1_V1_status == 1'b0);
end

assign ap_enable_pp0 = (ap_idle_pp0 ^ 1'b1);

assign ap_enable_reg_pp0_iter0 = real_start;

assign ap_ready = internal_ap_ready;

assign data_V_data_0_V_read = data_V_data_1_V0_update;

assign data_V_data_10_V_read = data_V_data_1_V0_update;

assign data_V_data_11_V_read = data_V_data_1_V0_update;

assign data_V_data_12_V_read = data_V_data_1_V0_update;

assign data_V_data_13_V_read = data_V_data_1_V0_update;

assign data_V_data_14_V_read = data_V_data_1_V0_update;

assign data_V_data_15_V_read = data_V_data_1_V0_update;

assign data_V_data_16_V_read = data_V_data_1_V0_update;

assign data_V_data_17_V_read = data_V_data_1_V0_update;

assign data_V_data_18_V_read = data_V_data_1_V0_update;

assign data_V_data_19_V_read = data_V_data_1_V0_update;

assign data_V_data_1_V0_status = (data_V_data_9_V_empty_n & data_V_data_8_V_empty_n & data_V_data_7_V_empty_n & data_V_data_6_V_empty_n & data_V_data_5_V_empty_n & data_V_data_4_V_empty_n & data_V_data_3_V_empty_n & data_V_data_31_V_empty_n & data_V_data_30_V_empty_n & data_V_data_2_V_empty_n & data_V_data_29_V_empty_n & data_V_data_28_V_empty_n & data_V_data_27_V_empty_n & data_V_data_26_V_empty_n & data_V_data_25_V_empty_n & data_V_data_24_V_empty_n & data_V_data_23_V_empty_n & data_V_data_22_V_empty_n & data_V_data_21_V_empty_n & data_V_data_20_V_empty_n & data_V_data_1_V_empty_n & data_V_data_19_V_empty_n & data_V_data_18_V_empty_n & data_V_data_17_V_empty_n & data_V_data_16_V_empty_n & data_V_data_15_V_empty_n & data_V_data_14_V_empty_n & data_V_data_13_V_empty_n & data_V_data_12_V_empty_n & data_V_data_11_V_empty_n & data_V_data_10_V_empty_n & data_V_data_0_V_empty_n);

assign data_V_data_1_V_read = data_V_data_1_V0_update;

assign data_V_data_20_V_read = data_V_data_1_V0_update;

assign data_V_data_21_V_read = data_V_data_1_V0_update;

assign data_V_data_22_V_read = data_V_data_1_V0_update;

assign data_V_data_23_V_read = data_V_data_1_V0_update;

assign data_V_data_24_V_read = data_V_data_1_V0_update;

assign data_V_data_25_V_read = data_V_data_1_V0_update;

assign data_V_data_26_V_read = data_V_data_1_V0_update;

assign data_V_data_27_V_read = data_V_data_1_V0_update;

assign data_V_data_28_V_read = data_V_data_1_V0_update;

assign data_V_data_29_V_read = data_V_data_1_V0_update;

assign data_V_data_2_V_read = data_V_data_1_V0_update;

assign data_V_data_30_V_read = data_V_data_1_V0_update;

assign data_V_data_31_V_read = data_V_data_1_V0_update;

assign data_V_data_3_V_read = data_V_data_1_V0_update;

assign data_V_data_4_V_read = data_V_data_1_V0_update;

assign data_V_data_5_V_read = data_V_data_1_V0_update;

assign data_V_data_6_V_read = data_V_data_1_V0_update;

assign data_V_data_7_V_read = data_V_data_1_V0_update;

assign data_V_data_8_V_read = data_V_data_1_V0_update;

assign data_V_data_9_V_read = data_V_data_1_V0_update;

assign res_V_data_0_V_din = tmp_data_0_V_reg_1524;

assign res_V_data_0_V_write = res_V_data_1_V1_update;

assign res_V_data_10_V_din = tmp_data_10_V_reg_1574;

assign res_V_data_10_V_write = res_V_data_1_V1_update;

assign res_V_data_11_V_din = tmp_data_11_V_reg_1579;

assign res_V_data_11_V_write = res_V_data_1_V1_update;

assign res_V_data_12_V_din = tmp_data_12_V_reg_1584;

assign res_V_data_12_V_write = res_V_data_1_V1_update;

assign res_V_data_13_V_din = tmp_data_13_V_reg_1589;

assign res_V_data_13_V_write = res_V_data_1_V1_update;

assign res_V_data_14_V_din = tmp_data_14_V_reg_1594;

assign res_V_data_14_V_write = res_V_data_1_V1_update;

assign res_V_data_15_V_din = tmp_data_15_V_reg_1599;

assign res_V_data_15_V_write = res_V_data_1_V1_update;

assign res_V_data_16_V_din = tmp_data_16_V_reg_1604;

assign res_V_data_16_V_write = res_V_data_1_V1_update;

assign res_V_data_17_V_din = tmp_data_17_V_reg_1609;

assign res_V_data_17_V_write = res_V_data_1_V1_update;

assign res_V_data_18_V_din = tmp_data_18_V_reg_1614;

assign res_V_data_18_V_write = res_V_data_1_V1_update;

assign res_V_data_19_V_din = tmp_data_19_V_reg_1619;

assign res_V_data_19_V_write = res_V_data_1_V1_update;

assign res_V_data_1_V1_status = (res_V_data_9_V_full_n & res_V_data_8_V_full_n & res_V_data_7_V_full_n & res_V_data_6_V_full_n & res_V_data_5_V_full_n & res_V_data_4_V_full_n & res_V_data_3_V_full_n & res_V_data_31_V_full_n & res_V_data_30_V_full_n & res_V_data_2_V_full_n & res_V_data_29_V_full_n & res_V_data_28_V_full_n & res_V_data_27_V_full_n & res_V_data_26_V_full_n & res_V_data_25_V_full_n & res_V_data_24_V_full_n & res_V_data_23_V_full_n & res_V_data_22_V_full_n & res_V_data_21_V_full_n & res_V_data_20_V_full_n & res_V_data_1_V_full_n & res_V_data_19_V_full_n & res_V_data_18_V_full_n & res_V_data_17_V_full_n & res_V_data_16_V_full_n & res_V_data_15_V_full_n & res_V_data_14_V_full_n & res_V_data_13_V_full_n & res_V_data_12_V_full_n & res_V_data_11_V_full_n & res_V_data_10_V_full_n & res_V_data_0_V_full_n);

assign res_V_data_1_V_din = tmp_data_1_V_reg_1529;

assign res_V_data_1_V_write = res_V_data_1_V1_update;

assign res_V_data_20_V_din = tmp_data_20_V_reg_1624;

assign res_V_data_20_V_write = res_V_data_1_V1_update;

assign res_V_data_21_V_din = tmp_data_21_V_reg_1629;

assign res_V_data_21_V_write = res_V_data_1_V1_update;

assign res_V_data_22_V_din = tmp_data_22_V_reg_1634;

assign res_V_data_22_V_write = res_V_data_1_V1_update;

assign res_V_data_23_V_din = tmp_data_23_V_reg_1639;

assign res_V_data_23_V_write = res_V_data_1_V1_update;

assign res_V_data_24_V_din = tmp_data_24_V_reg_1644;

assign res_V_data_24_V_write = res_V_data_1_V1_update;

assign res_V_data_25_V_din = tmp_data_25_V_reg_1649;

assign res_V_data_25_V_write = res_V_data_1_V1_update;

assign res_V_data_26_V_din = tmp_data_26_V_reg_1654;

assign res_V_data_26_V_write = res_V_data_1_V1_update;

assign res_V_data_27_V_din = tmp_data_27_V_reg_1659;

assign res_V_data_27_V_write = res_V_data_1_V1_update;

assign res_V_data_28_V_din = tmp_data_28_V_reg_1664;

assign res_V_data_28_V_write = res_V_data_1_V1_update;

assign res_V_data_29_V_din = tmp_data_29_V_reg_1669;

assign res_V_data_29_V_write = res_V_data_1_V1_update;

assign res_V_data_2_V_din = tmp_data_2_V_reg_1534;

assign res_V_data_2_V_write = res_V_data_1_V1_update;

assign res_V_data_30_V_din = tmp_data_30_V_reg_1674;

assign res_V_data_30_V_write = res_V_data_1_V1_update;

assign res_V_data_31_V_din = tmp_data_31_V_reg_1679;

assign res_V_data_31_V_write = res_V_data_1_V1_update;

assign res_V_data_3_V_din = tmp_data_3_V_reg_1539;

assign res_V_data_3_V_write = res_V_data_1_V1_update;

assign res_V_data_4_V_din = tmp_data_4_V_reg_1544;

assign res_V_data_4_V_write = res_V_data_1_V1_update;

assign res_V_data_5_V_din = tmp_data_5_V_reg_1549;

assign res_V_data_5_V_write = res_V_data_1_V1_update;

assign res_V_data_6_V_din = tmp_data_6_V_reg_1554;

assign res_V_data_6_V_write = res_V_data_1_V1_update;

assign res_V_data_7_V_din = tmp_data_7_V_reg_1559;

assign res_V_data_7_V_write = res_V_data_1_V1_update;

assign res_V_data_8_V_din = tmp_data_8_V_reg_1564;

assign res_V_data_8_V_write = res_V_data_1_V1_update;

assign res_V_data_9_V_din = tmp_data_9_V_reg_1569;

assign res_V_data_9_V_write = res_V_data_1_V1_update;

assign start_out = real_start;

assign tmp_10_fu_1352_p4 = {{data_V_data_10_V_dout[6:2]}};

assign tmp_11_fu_1386_p4 = {{data_V_data_14_V_dout[6:3]}};

assign tmp_12_fu_1444_p4 = {{data_V_data_22_V_dout[6:1]}};

assign tmp_13_fu_1490_p4 = {{data_V_data_28_V_dout[6:2]}};

assign tmp_8_fu_1274_p3 = data_V_data_0_V_dout[32'd6];

assign tmp_9_fu_1324_p4 = {{data_V_data_7_V_dout[6:2]}};

assign tmp_data_0_V_fu_1282_p2 = (tmp_8_fu_1274_p3 ^ 1'd1);

assign tmp_data_10_V_fu_1362_p2 = (($signed(tmp_10_fu_1352_p4) > $signed(5'd0)) ? 1'b1 : 1'b0);

assign tmp_data_11_V_fu_1368_p2 = (($signed(data_V_data_11_V_dout) > $signed(7'd6)) ? 1'b1 : 1'b0);

assign tmp_data_12_V_fu_1374_p2 = (($signed(data_V_data_12_V_dout) > $signed(7'd20)) ? 1'b1 : 1'b0);

assign tmp_data_13_V_fu_1380_p2 = (($signed(data_V_data_13_V_dout) > $signed(7'd2)) ? 1'b1 : 1'b0);

assign tmp_data_14_V_fu_1396_p2 = (($signed(tmp_11_fu_1386_p4) > $signed(4'd0)) ? 1'b1 : 1'b0);

assign tmp_data_15_V_fu_1402_p2 = (($signed(data_V_data_15_V_dout) > $signed(7'd125)) ? 1'b1 : 1'b0);

assign tmp_data_16_V_fu_1408_p2 = (($signed(data_V_data_16_V_dout) > $signed(7'd118)) ? 1'b1 : 1'b0);

assign tmp_data_17_V_fu_1414_p2 = (($signed(data_V_data_17_V_dout) > $signed(7'd0)) ? 1'b1 : 1'b0);

assign tmp_data_18_V_fu_1420_p2 = (($signed(data_V_data_18_V_dout) > $signed(7'd124)) ? 1'b1 : 1'b0);

assign tmp_data_19_V_fu_1426_p2 = (($signed(data_V_data_19_V_dout) > $signed(7'd125)) ? 1'b1 : 1'b0);

assign tmp_data_1_V_fu_1288_p2 = (($signed(data_V_data_1_V_dout) > $signed(7'd117)) ? 1'b1 : 1'b0);

assign tmp_data_20_V_fu_1432_p2 = (($signed(data_V_data_20_V_dout) > $signed(7'd120)) ? 1'b1 : 1'b0);

assign tmp_data_21_V_fu_1438_p2 = (($signed(data_V_data_21_V_dout) > $signed(7'd10)) ? 1'b1 : 1'b0);

assign tmp_data_22_V_fu_1454_p2 = (($signed(tmp_12_fu_1444_p4) > $signed(6'd0)) ? 1'b1 : 1'b0);

assign tmp_data_23_V_fu_1460_p2 = (($signed(data_V_data_23_V_dout) > $signed(7'd6)) ? 1'b1 : 1'b0);

assign tmp_data_24_V_fu_1466_p2 = (($signed(data_V_data_24_V_dout) > $signed(7'd126)) ? 1'b1 : 1'b0);

assign tmp_data_25_V_fu_1472_p2 = (($signed(data_V_data_25_V_dout) > $signed(7'd11)) ? 1'b1 : 1'b0);

assign tmp_data_26_V_fu_1478_p2 = (($signed(data_V_data_26_V_dout) > $signed(7'd120)) ? 1'b1 : 1'b0);

assign tmp_data_27_V_fu_1484_p2 = (($signed(data_V_data_27_V_dout) > $signed(7'd122)) ? 1'b1 : 1'b0);

assign tmp_data_28_V_fu_1500_p2 = (($signed(tmp_13_fu_1490_p4) > $signed(5'd0)) ? 1'b1 : 1'b0);

assign tmp_data_29_V_fu_1506_p2 = (($signed(data_V_data_29_V_dout) > $signed(7'd0)) ? 1'b1 : 1'b0);

assign tmp_data_2_V_fu_1294_p2 = (($signed(data_V_data_2_V_dout) > $signed(7'd122)) ? 1'b1 : 1'b0);

assign tmp_data_30_V_fu_1512_p2 = (($signed(data_V_data_30_V_dout) > $signed(7'd122)) ? 1'b1 : 1'b0);

assign tmp_data_31_V_fu_1518_p2 = (($signed(data_V_data_31_V_dout) > $signed(7'd115)) ? 1'b1 : 1'b0);

assign tmp_data_3_V_fu_1300_p2 = (($signed(data_V_data_3_V_dout) > $signed(7'd5)) ? 1'b1 : 1'b0);

assign tmp_data_4_V_fu_1306_p2 = (($signed(data_V_data_4_V_dout) > $signed(7'd122)) ? 1'b1 : 1'b0);

assign tmp_data_5_V_fu_1312_p2 = (($signed(data_V_data_5_V_dout) > $signed(7'd116)) ? 1'b1 : 1'b0);

assign tmp_data_6_V_fu_1318_p2 = (($signed(data_V_data_6_V_dout) > $signed(7'd5)) ? 1'b1 : 1'b0);

assign tmp_data_7_V_fu_1334_p2 = (($signed(tmp_9_fu_1324_p4) > $signed(5'd0)) ? 1'b1 : 1'b0);

assign tmp_data_8_V_fu_1340_p2 = (($signed(data_V_data_8_V_dout) > $signed(7'd6)) ? 1'b1 : 1'b0);

assign tmp_data_9_V_fu_1346_p2 = (($signed(data_V_data_9_V_dout) > $signed(7'd5)) ? 1'b1 : 1'b0);

endmodule //normalize_binary_tanh_array_ap_int_7_32u_config19_s